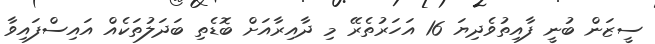
ސީޒަން ބުނީ ފާއިތުވެދިޔަ 16 އަހަރުތެރޭ މި ދާއިރާއަށް ބޮޑެތި ބަދަލުތަކެއް އައިސްފައިވާ